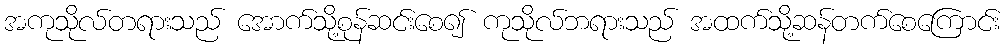
အကုသိုလ်တရားသည် အောက်သို့စုန်ဆင်းစေ၍ ကုသိုလ်ဘရားသည် အထက်သို့ဆန်တက်စေကြောင်း